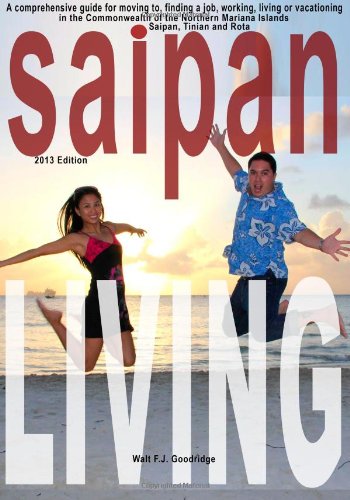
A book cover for Saipan Living!: Where on Earth is Saipan??? A comprehensive guide for moving to, finding a job, working, living or vacationing in the Northern Mariana Islands of Saipan, Tinian and Rota.; Walt F.J. Goodridge; Travel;